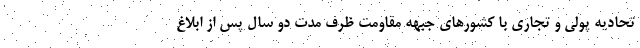
تحادیه پولی و تجاری با کشورهای جبهه مقاومت ظرف مدت دو سال پس از ابلاغ